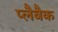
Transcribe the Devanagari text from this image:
प्लैबैक